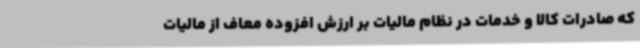
که صادرات کالا و خدمات در نظام مالیات بر ارزش افزوده معاف از مالیات